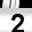
Digit: 2